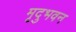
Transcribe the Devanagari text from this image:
मृदुभवन